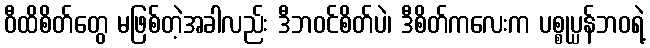
ဝီထိစိတ်တွေ မဖြစ်တဲ့အခါလည်း ဒီဘဝင်စိတ်ပဲ၊ ဒီစိတ်ကလေးက ပစ္စုပ္ပန်ဘဝရဲ့